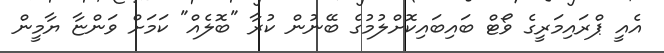
އެއީ ޕްރައިމަރީގެ ވޯޓް ބައިބައިކޮށްލުމުގެ ބޭނުން ކުރާ "ބޮލެއް" ކަމަށް ވަންޏާ ޔާާމީން